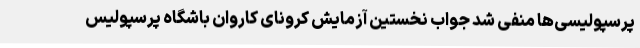
پرسپولیسی‌ها منفی شد جواب نخستین آزمایش کرونای کاروان باشگاه پرسپولیس